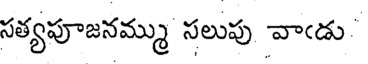
సత్యపూజనమ్ము సలుపు వాఁడు